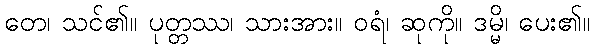
တေ၊ သင်၏။ ပုတ္တဿ၊ သားအား။ ဝရံ၊ ဆုကို။ ဒမ္မိ၊ ပေး၏။